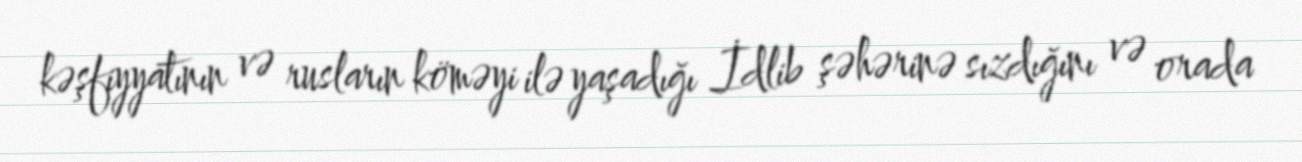
kəşfiyyatının və rusların köməyi ilə yaşadığı İdlib şəhərinə sızdığını və orada